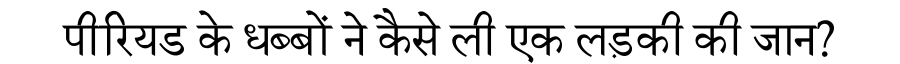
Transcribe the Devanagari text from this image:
पीरियड के धब्बों ने कैसे ली एक लड़की की जान?